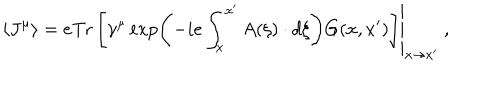
LaTeX: \left\langle J ^ { \mu } \right\rangle = \left. e \mathrm { T r } \left[ \gamma ^ { \mu } \exp \left( - i e \int _ { x } ^ { x ^ { \prime } } A ( \xi ) \cdot d \xi \right) G ( x , x ^ { \prime } ) \right] \right| _ { x \rightarrow x ^ { \prime } } \ ,